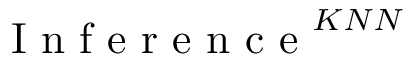
\mathrm { ~ I ~ n ~ f ~ e ~ r ~ e ~ n ~ c ~ e ~ } ^ { K N N }